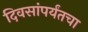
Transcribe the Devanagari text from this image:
दिवसांपर्यंतचा